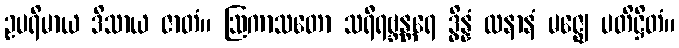
ဥပရိမာယ ဒိသာယ ဇာတံ။ ဩကာသတော သရီရဗ္ဘန္တရေ ဒွိန္နံ ထနာနံ မဇ္ဈေ ပတိဋ္ဌိတံ။